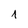
Character: 1